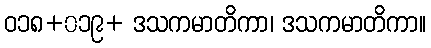
ဝ၁၈+၀၁၉+ ဒသကမာတိကာ၊ ဒသကမာတိကာ။